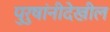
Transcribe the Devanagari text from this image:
पुरुषांनीदेखील